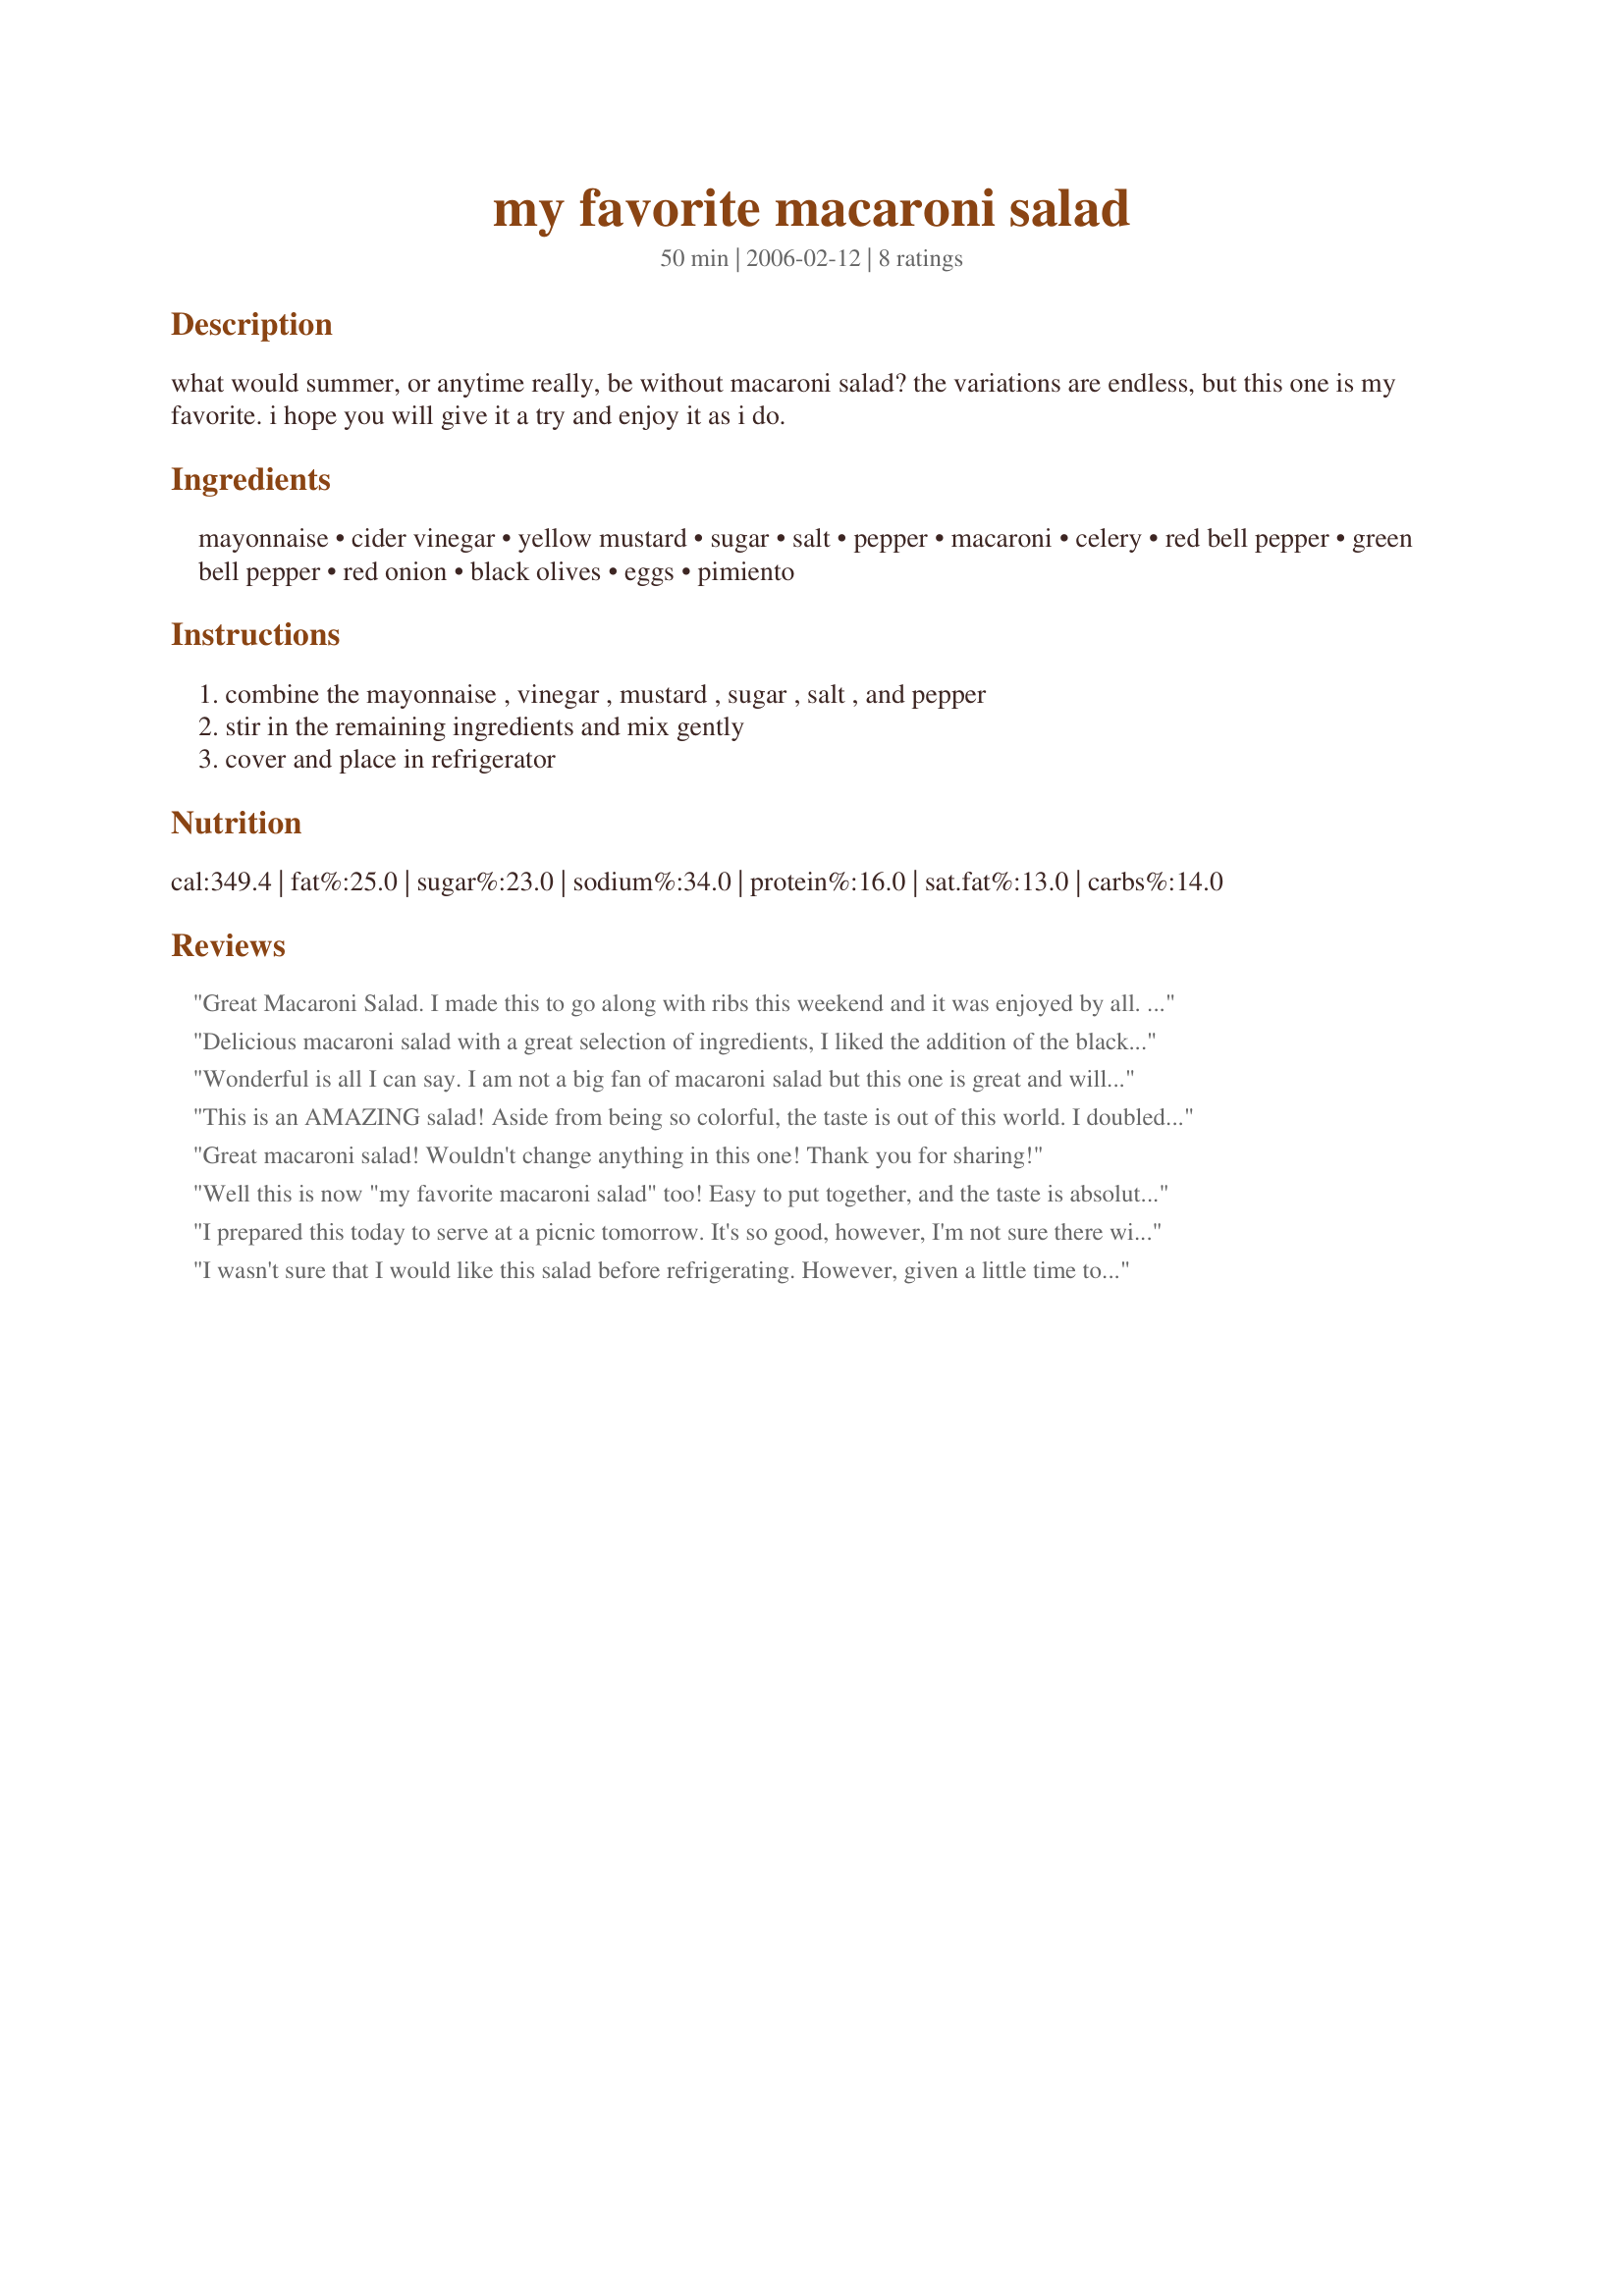
my favorite macaroni salad
Preparation time: 50 minutes

what would summer, or anytime really, be without macaroni salad? the variations are endless, but this one is my favorite. i hope you will give it a try and enjoy it as i do.

Ingredients:
mayonnaise, cider vinegar, yellow mustard, sugar, salt, pepper, macaroni, celery, red bell pepper, green bell pepper, red onion, black olives, eggs, pimiento

Steps:
combine the mayonnaise , vinegar , mustard , sugar , salt , and pepper, stir in the remaining ingredients and mix gently, cover and place in refrigerator

Reviews:
Great Macaroni Salad. I made this to go along with ribs this weekend and it was enjoyed by all. Made as instructions said, and it came out perfect! I love trying all kinds of pasta salads, and this one is a winner and one of my favs so far! Alexa
Delicious macaroni salad with a great selection of ingredients, I liked the addition of the black olives, I used sliced Calamata olives. I did replace the red onion with scallions as that is what I had on hand. This will go into my summer salad rotation and be made often. Thanks! Made for the "Down on the Farm" Photo Tag 2012.
Wonderful is all I can say. I am not a big fan of macaroni salad but this one is great and will be my "go to" in the future. I did use whole wheat elbow macaroni and green olives in place of the black as my husband doesn't care for black olives plus that is what I had on hand. Moving this to my "Tried & True" file.
This is an AMAZING salad! Aside from being so colorful, the taste is out of this world. I doubled the recipe and used orange, yellow and green bell peppers (enought o measure 2 cups), left the black olives at 1/2 cup. Chopped all the veggies very fine, not minced. Great salad, will be making this one very often! So glad you posted this recipe. :o)
Great macaroni salad! Wouldn't change anything in this one! Thank you for sharing!
Well this is now "my favorite macaroni salad" too! Easy to put together, and the taste is absolutely delish! I followed this exactly except added green olives instead of black ones. Other then that, followed to a tee. A must try in the summer, (even though I made in the dull-drums of winter!) I promise you had better make more ~ cause' you will keep sneaking some just for yourself. Loved it! March 2010
I prepared this today to serve at a picnic tomorrow. It's so good, however, I'm not sure there will be any left by then! I followed the directions precisely, and wouldn't change a thing. Thanks!
I wasn't sure that I would like this salad before refrigerating. However, given a little time to cool and mellow, I really enjoyed it. I did need to add some extra salt and decreased the amount of olives as a personal preference.
